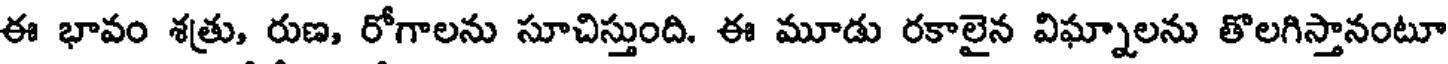
ఈ భావం శత్రు, రుణ, రోగాలను సూచిస్తుంది. ఈ మూడు రకాలైన విఘ్నాలను తొలగిస్తానంటూ